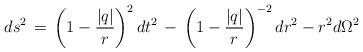
LaTeX: \begin{align*}d s^2\, =\, \left(1-\frac{|q|}{r}\right)^2dt^2\, -\,\left(1-\frac{|q|}{r}\right)^{-2}dr^2 -r^2d\Omega^2\end{align*}